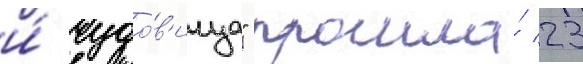
и́ чудо́в'ища" прошла́ 23